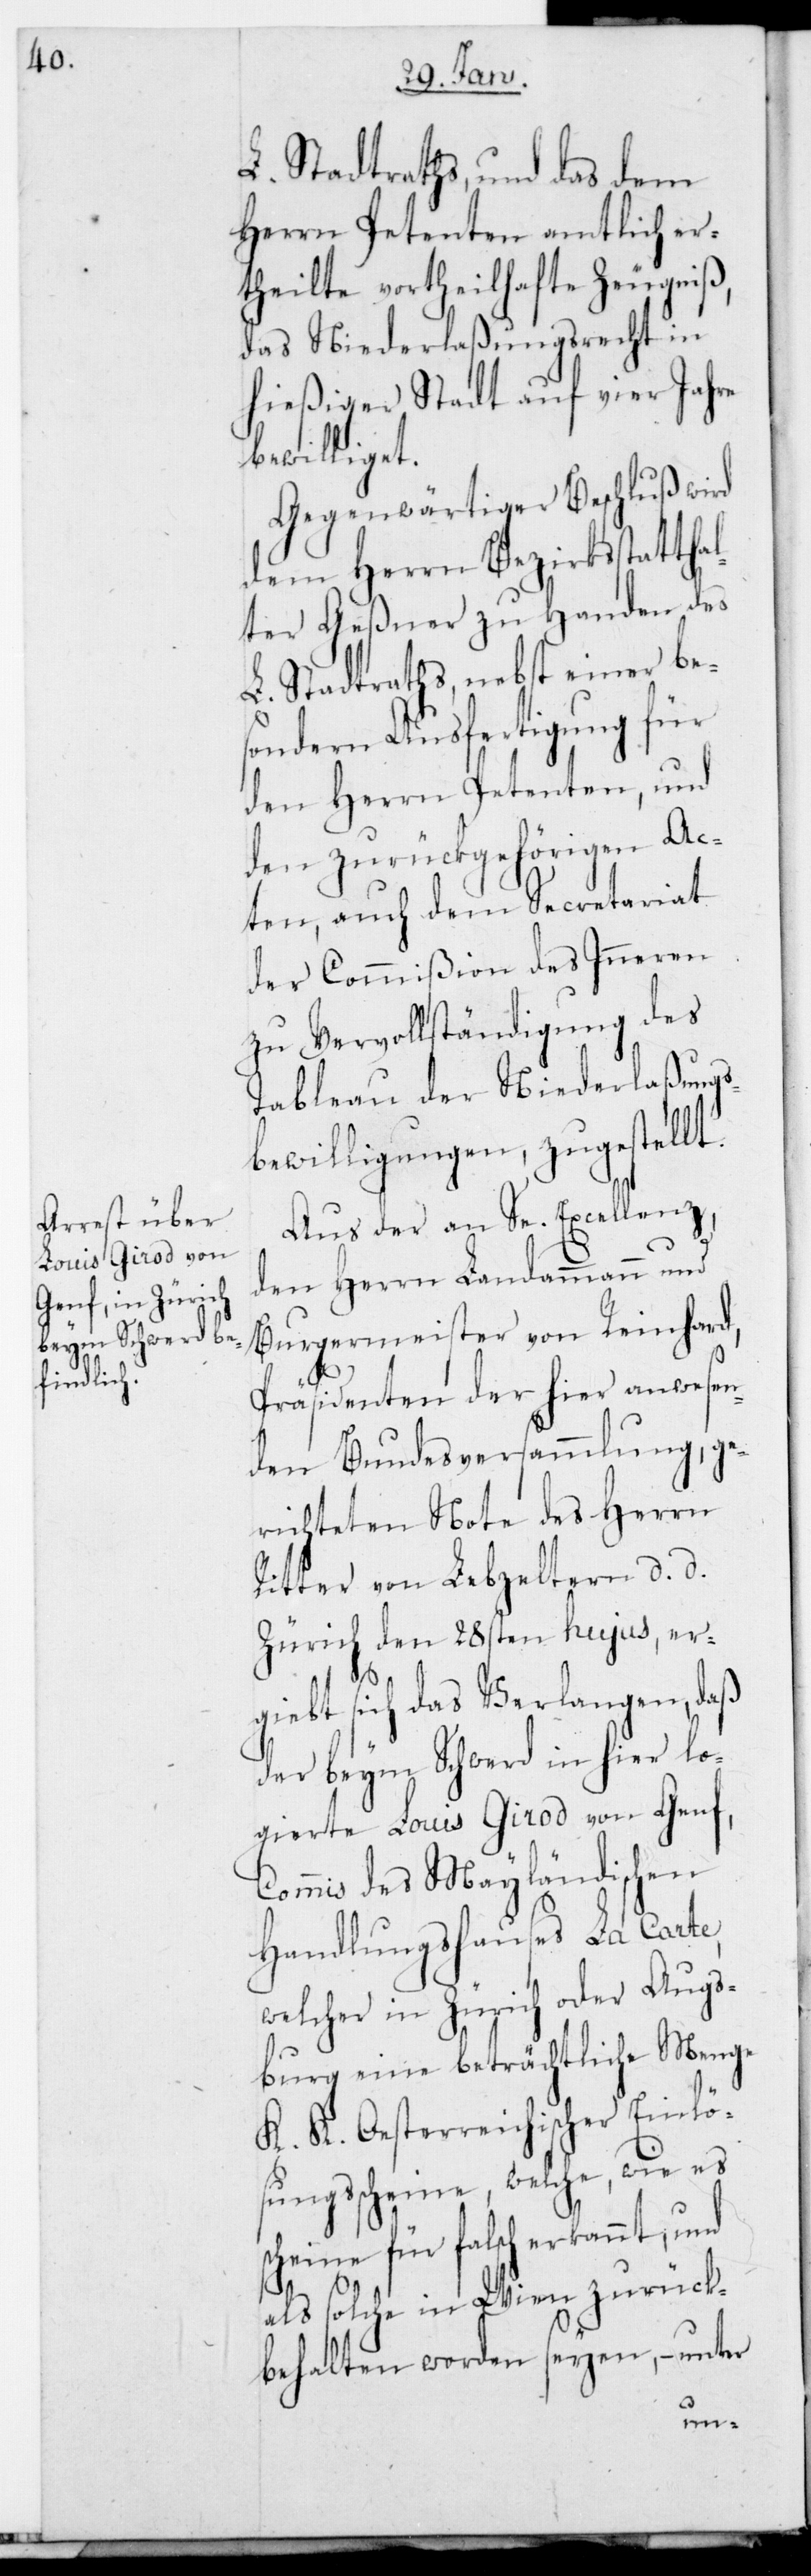
L. Stadtraths und das dem
Herrn Petenten amtlich er¬
theilte Vortheilhafte Zeugniß,
das Niederlaßungsrecht in
hießiger Stadt auf vier Jahre
bewilliget.
Gegenwärtiger Beschluß wird
dem Herrn Bezirksstattha¬
lter Geßner zu Handen des
L. Stadtraths, nebst einer bes¬
ondern Ausfertigung für
den Herrn Petenten, und
den zurückgehörigen Ac¬
ten, auch dem Secretariat
der Commißion des Inneren
zu Vervollständigung des
Tableau der Niederlaßung¬
ewilligungen zugestellt.
Aus der an Se. Excellenz
den Herrn Landammann und
Burgermeister von Reinhard,
Präsidenten der hier anwesen¬
den Bundesversammlung, ge¬
richteten Note des Herrn
Ritter von Lebzeltern, d. d.
Zürich den 28sten hujus, er¬
s-B¬
giebt sich das Verlangen, daß
der beym Schwerd in hier lo¬
gierte Louis Girod von Genf,
Commis des Mayländischen
Handlungshauses La Carte,
welcher in Zürich oder Augs¬
burg eine beträchtliche Menge
K. K. Oesterreichischer Einlö¬
sungsscheine, welche wie es
scheine für falsch erkannt, und
als solche in Wien zurück¬
behalten worden seyen, – unter